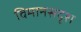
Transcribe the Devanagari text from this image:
विमानसदृश